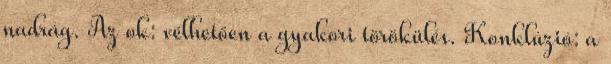
nadrág. Az ok: vélhetően a gyakori törökülés. Konklúzió: a